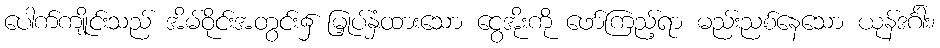
ပေါက်ကျိုင်းသည် အိမ်ဝိုင်းအတွင်း၌ မြှုပ်နှံထားသော ငွေအိုးကို ဖော်ကြည့်ရာ မည်းညစ်နေသော ယုန်ဒင်္ဂါး၊